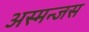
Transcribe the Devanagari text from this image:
अस्मन्जस